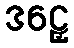
ဒဠှေ